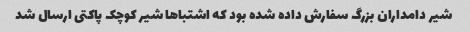
شیر دامداران بزرگ سفارش داده شده بود که اشتباها شیر کوچک پاکتی ارسال شد